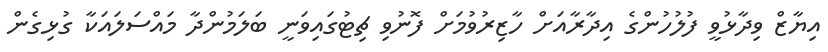
އިޔާޒް ވިދާޅުވީ ފުލުހުންގެ އިދާރާއަށް ހާޒިރުވުމަށް ފޮނުވި ޗިޓުގައިވަނީ ބަލަމުންދާ މައްސަލައަކާ ގުޅިގެން